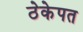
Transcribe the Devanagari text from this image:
ठेकेपत